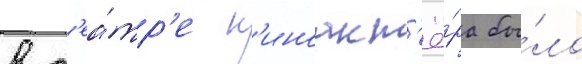
в т'еа́тр'е к'иноакт'ё́ра бы́ло